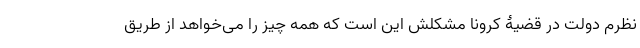
نظرم دولت در قضیۀ کرونا مشکلش این است که همه چیز را می‌خواهد از طریق